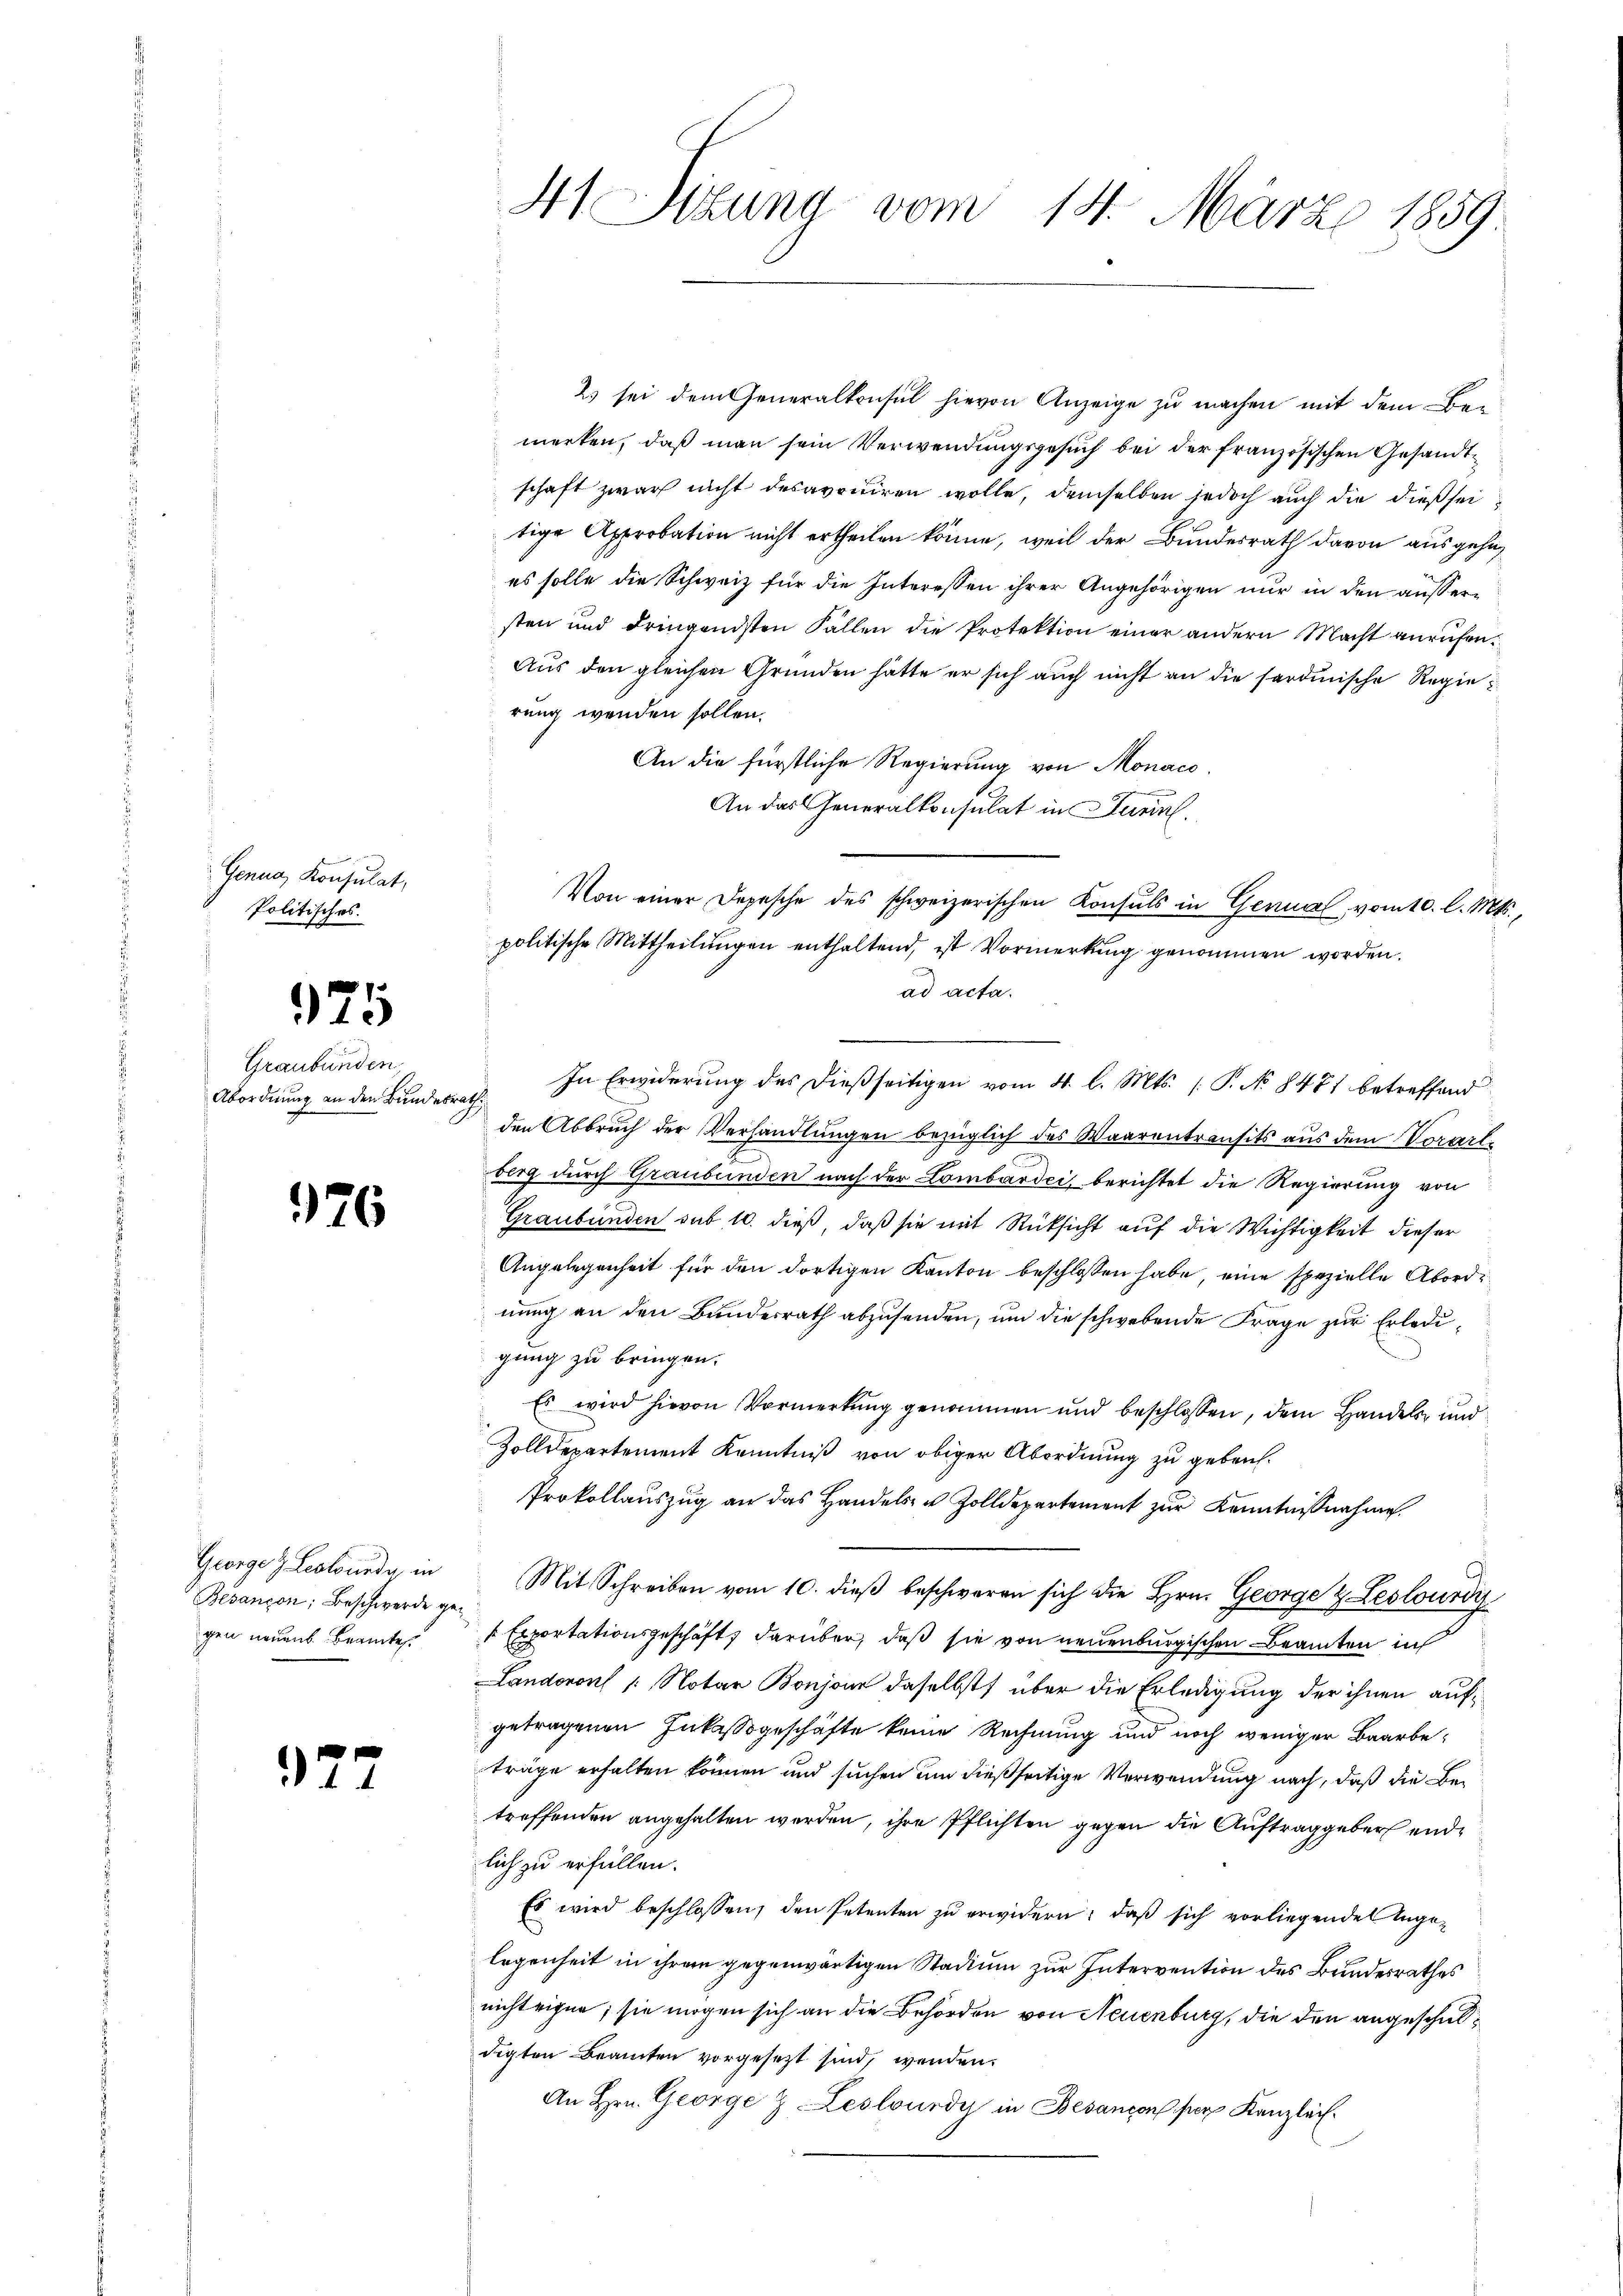
Genua, Konsulat,
Politisches.

25

Graubünden,
Abordnung an den Bundesra

926

George & Lealourde, in
Besançon, Beschwerde gegen neuen. Beamtes.

2

23 sei dem Generalkonsul hievon Anzeige zu machen mit dem Be-
i
merken, daß man sein Verwendungsgesuch bei der französischen Gesandtschaft zwar nicht desavouiren wolle, demselben jedoch auch die dießseitige Approbation nicht ertheilen könne, weil der Bundesrath davon ausgehe,
es solle die Schweiz für die Interessen ihrer Angehörigen nur in den aussersten und dringendsten Fällen die Protektion einer andern Macht anrufen.
Aus den gleichen Gründen hätte er sich auch nicht an die sardinische Regierung wenden sollen.
An die fürstliche Regierung von Monaco,
An das Generalkonsulat in Junius,
politische Mittheilungen enthaltend, ist Vormerkung genommen worden.
ad acta.
i
den Abbruch der Verhandlungen bezüglich des Waarentransits aus dem Vorarlberg durch Graubünden nach der Lombardei berichtet die Regierung von
Graubünden sub 10. dieß, daß sie mit Rücksicht auf die Wichtigkeit dieser
Angelegenheit für den dortigen Kanton beschlossen habe, eine spezielle Abordinung an den Bundesrath abzusenden, um die schwebende Frage zur Erledigung zu bringen.
Es wird hievon Vormerkung genommen und beschlossen, dem Handels und
Zolldepartement Kenntniß von obiger Abordnung zu geben.
Prokollauszug an das Handels- und Zolldepartement zur Kenntnißnahme.
Mit Schreiben vom 10. dieβ beschweren sich die Hrn. George & Leslourdi
Exportationsgeschäft, darüber, daß sie von neuenburgischen Beamten in
Landorons Notar Bonjoin daselbst über die Erledigung der ihnen aufgetragenen Inkassgeschäfte keine Rechnung und noch weniger Baarbeträge erhalten können und suchen um dießseitige Verwendung nach, daß die Betreffenden angehalten werden, ihre Pflichten gegen die Auftraggeber endlich zu erfüllen.
Es wird beschlossen, den Petenten zu erwidern; daß sich vorliegendes Inge-
legenheit in ihrem gegenwärtigen Stadium zur Intervention des Bundesrathes
nicht eigne; sie mögen sich an die Behörden von Neuenburg, die den angeschuldigten Beamten vorgesezt sind, wenden.
An Hrn. George & Leslourdy in Besançon für Kanzlei.

41 Otzung vom 14. März 1859.

Von einer Depesche des schweizerischen Konsuls in Genual vom 10. l. Mts.,

In Erwiderung des dießseitigen vom 4. l. Mts. (T. No 8471 betreffend